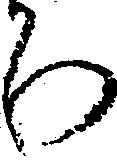
ろ